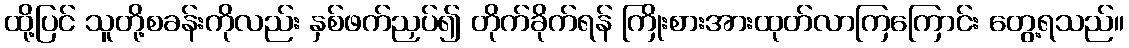
ထို့ပြင် သူတို့စခန်းကိုလည်း နှစ်ဖက်ညှပ်၍ တိုက်ခိုက်ရန် ကြိုးစားအားထုတ်လာကြကြောင်း တွေ့ရသည်။